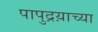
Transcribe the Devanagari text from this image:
पापुद्रय़ाच्या